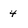
Character: 4